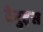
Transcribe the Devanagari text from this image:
टेनुइस